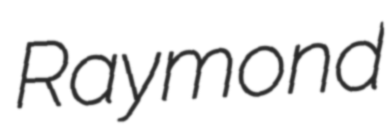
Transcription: Raymond